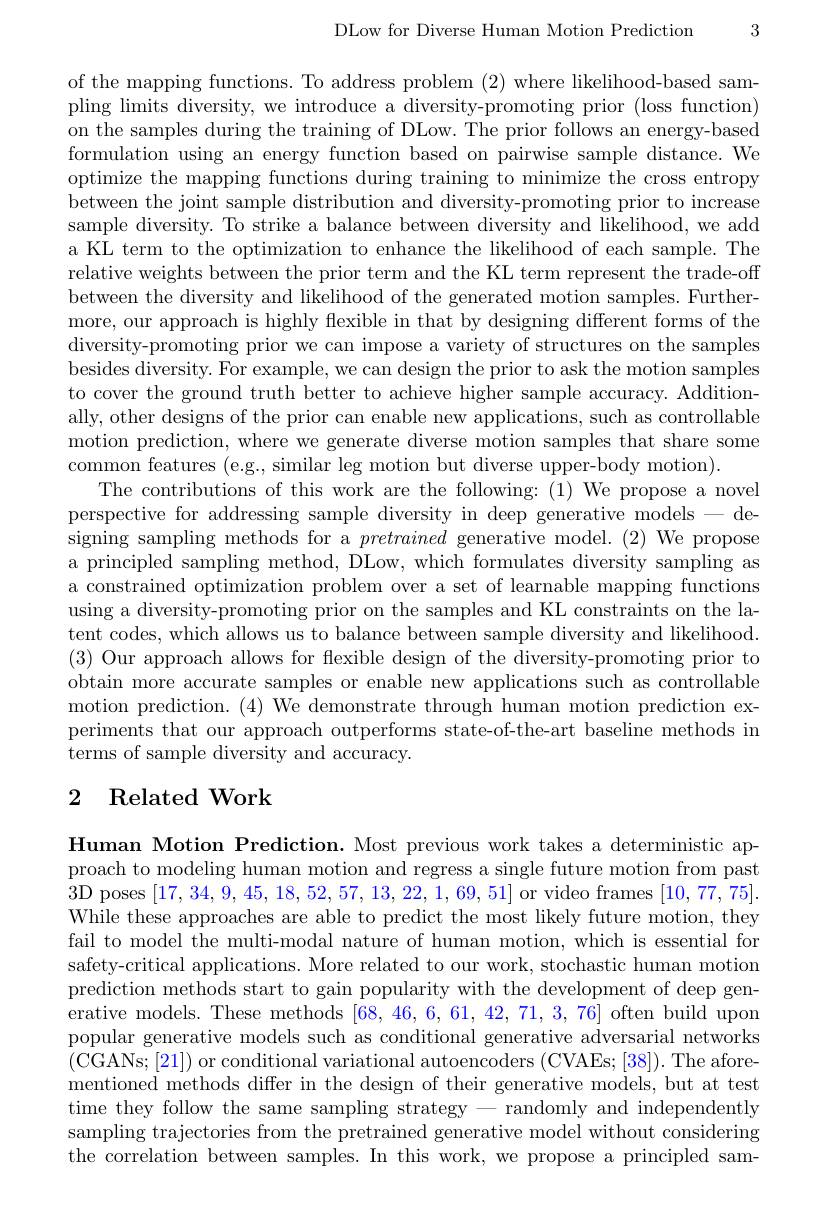
DLow for Diverse Human Motion Prediction

3

of the mapping functions. To address problem (2) where likelihood-based sampling limits diversity, we introduce a diversity-promoting prior (loss function) on the samples during the training of DLow. The prior follows an energy-based formulation using an energy function based on pairwise sample distance. We optimize the mapping functions during training to minimize the cross entropy between the joint sample distribution and diversity-promoting prior to increase sample diversity. To strike a balance between diversity and likelihood, we add a KL term to the optimization to enhance the likelihood of each sample. The relative weights between the prior term and the KL term represent the trade-off between the diversity and likelihood of the generated motion samples. Furthermore, our approach is highly flexible in that by designing different forms of the diversity-promoting prior we can impose a variety of structures on the samples besides diversity. For example, we can design the prior to ask the motion samples to cover the ground truth better to achieve higher sample accuracy. Additionally, other designs of the prior can enable new applications, such as controllable motion prediction, where we generate diverse motion samples that share some common features (e.g., similar leg motion but diverse upper-body motion).
The contributions of this work are the following: (1) We propose a novel perspective for addressing sample diversity in deep generative models - designing sampling methods for a pretrained generative model. (2)We propose a principled sampling method, DLow, which formulates diversity sampling as a constrained optimization problem over a set of learnable mapping functions using a diversity-promoting prior on the samples and KL constraints on the latent codes, which allows us to balance between sample diversity and likelihood. (3) Our approach allows for flexible design of the diversity-promoting prior to obtain more accurate samples or enable new applications such as controllable motion prediction. (4) We demonstrate through human motion prediction experiments that our approach outperforms state-of-the-art baseline methods in terms of sample diversity and accuracy.

# 2 Related Work

Human Motion Prediction. Most previous work takes a deterministic approach to modeling human motion and regress a single future motion from past 3D poses [17,34,9,45,18,52,57,13,22,1,69,51] or video frames [10,77,75]. While these approaches are able to predict the most likely future motion, they fail to model the multi-modal nature of human motion, which is essential for safety-critical applications. More related to our work, stochastic human motion prediction methods start to gain popularity with the development of deep generative models. These methods [68,46,6,61,42,71,3,76] often build upon popular generative models such as conditional generative adversarial networks (CGANs;[21]) or conditional variational autoencoders (CVAEs;[38]).The aforementioned methods differ in the design of their generative models, but at test time they follow the same sampling strategy- randomly and independently sampling trajectories from the pretrained generative model without considering the correlation between samples. In this work, we propose a principled sam-